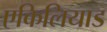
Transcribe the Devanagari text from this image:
एकिलियाड